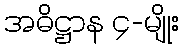
အဓိဋ္ဌာန ၄-မျိုး